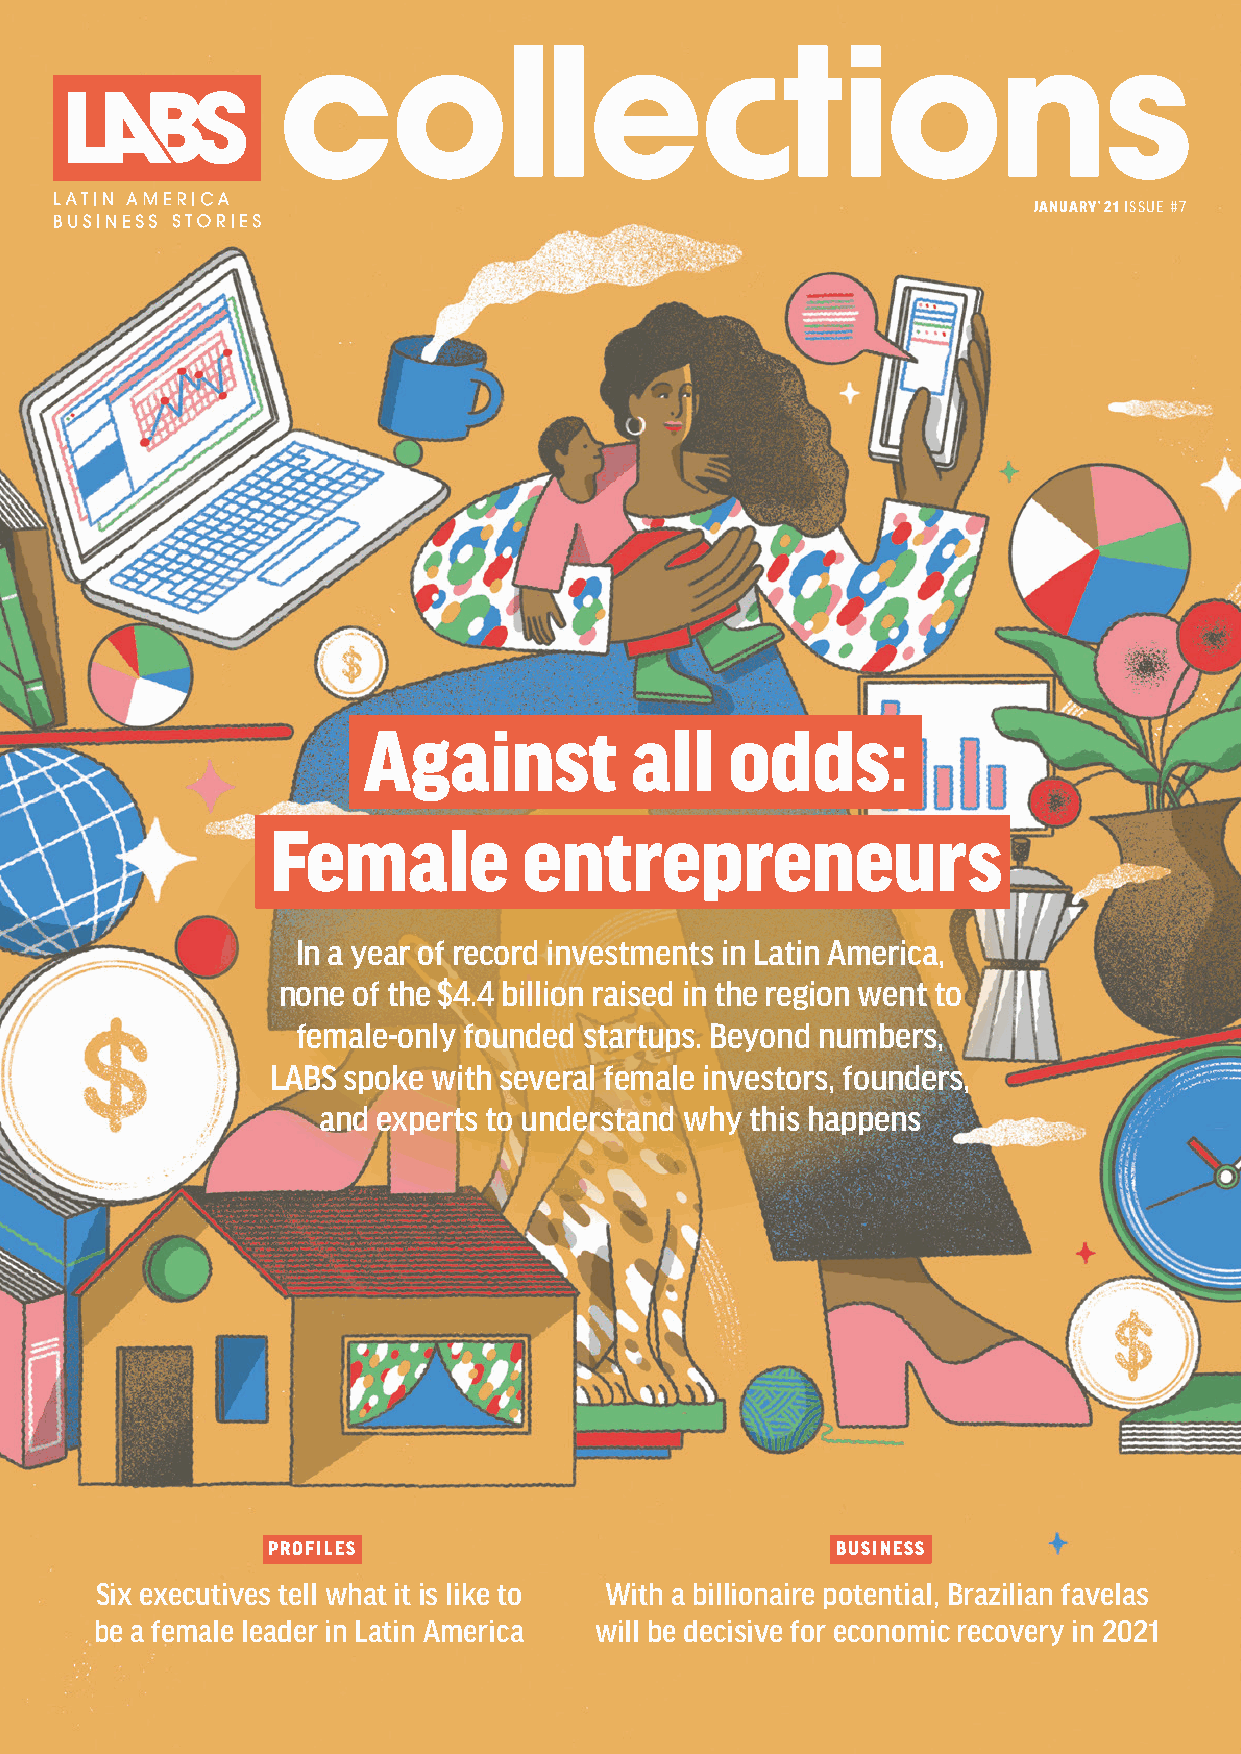
JANUARY’ 21 ISSUE #7
 Against           all   odds:
 Female           entrepreneurs
 In a year of record investments in Latin America,
 none of the $4.4 billion raised in the region went to
 female-only founded startups. Beyond numbers,
 LABS spoke with several female investors, founders,
 and experts to understand why this happens
 PROFILES                             BUSINESS
 Six executives tell what it is like to With a billionaire potential, Brazilian favelas
 be a female leader in Latin America will be decisive for economic recovery in 2021